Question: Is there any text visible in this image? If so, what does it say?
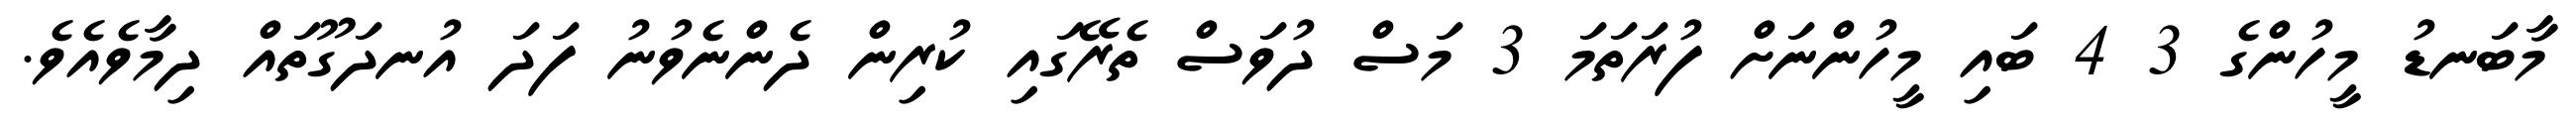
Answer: މާބަނޑު މީހުންގެ 3 4 ބައި މީހުންނަށް ފުރަތަމަ 3 މަސް ދުވަސް ތެރޭގައި ކުރިން ދެންނެވުނު ފަދަ އުނދަގޫތައް ދިމާވެއެވެ.